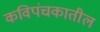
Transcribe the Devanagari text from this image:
कविपंचकातील